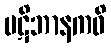
ပဋိဘာနကဝိ